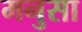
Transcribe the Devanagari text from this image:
मनुसा